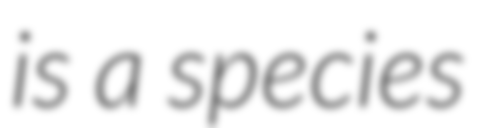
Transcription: is a species